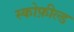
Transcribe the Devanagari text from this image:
स्कोफ़ील्ड